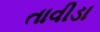
તાવીડા